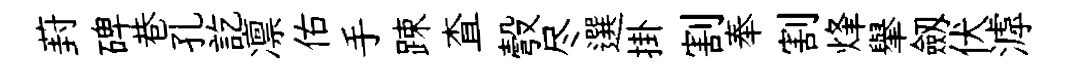
葑碑巷孔訖凛佑手踈查彀尽選掛割奉割烽𦦙劔伏滹